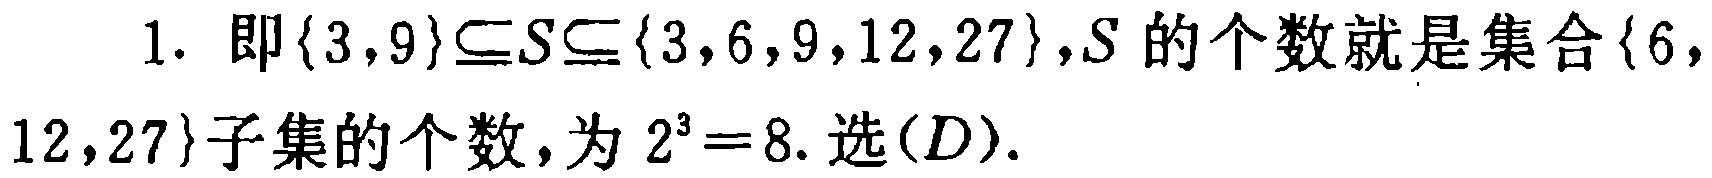
1. 即\(\{3,9\}\subseteq S\subseteq \{3,6,9,12,27\}\)，\(S\)的个数就是集合\(\{6,12,27\}\)子集的个数，为\(2^{3}=8\). 选\((D)\).